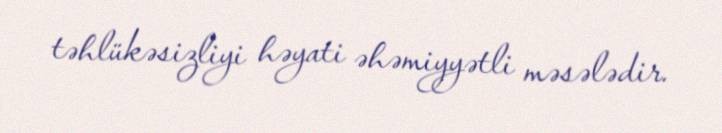
təhlükəsizliyi həyati əhəmiyyətli məsələdir.